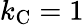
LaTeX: k_{\mathrm{{C}}}=1